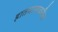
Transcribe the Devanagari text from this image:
हातमागावरील